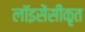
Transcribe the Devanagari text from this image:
लॉइसेंसीकृत